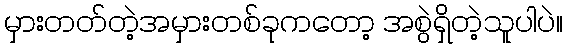
မှားတတ်တဲ့အမှားတစ်ခုကတော့ အစွဲရှိတဲ့သူပါပဲ။